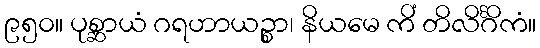
၉၅၀။ ပုစ္ဆာယံ ဂရဟာယဉ္စာ၊ နိယမေ ကိံ တိလိင်္ဂိကံ။